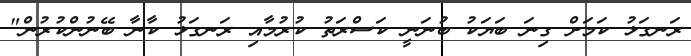
ރަނގަޅު ކަމަށް ގިނަ ބަޔަކު ބުނަނީ ކަސްރަތު ކުރުމާއި ރަނގަޅު ކާނާ ބޭނުންކުރުން"